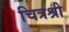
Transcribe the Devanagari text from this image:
चित्रश्री